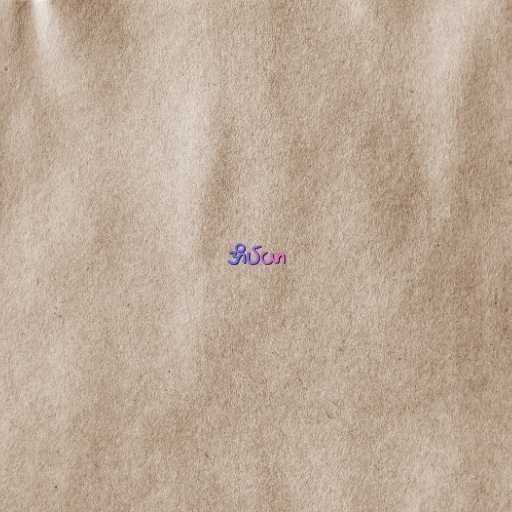
အိပ်ယာ